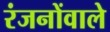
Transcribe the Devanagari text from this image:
रंजनोंवाले